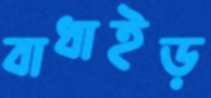
বাধাইড়